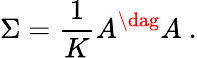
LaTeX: \Sigma=\frac{1}{K}A^{\dag}A\ .